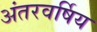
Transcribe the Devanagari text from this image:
अंतरवर्षिय